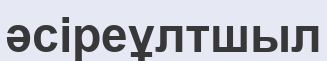
әсіреұлтшыл